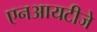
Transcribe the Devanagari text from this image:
एनआयटीजे